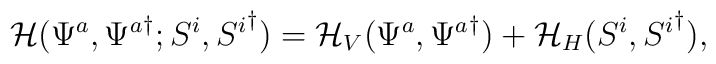
{\cal{H}}(\Psi^a,{\Psi^a}^{\dagger}; S^i,{S^i}^{\dagger})= {\cal{H}}_{V}(\Psi^a, {\Psi^a}^{\dagger}) + {\cal{H}}_{H}(S^i, {S^i}^{\dagger}),